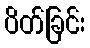
ပိတ်ခြင်း